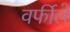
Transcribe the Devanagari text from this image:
वर्फीले